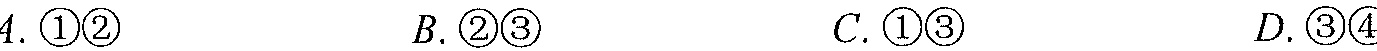
4. \textcircled{1}\textcircled{2}  B. \textcircled{2}\textcircled{3}  C. \textcircled{1}\textcircled{3}  D. \textcircled{3}\textcircled{4}